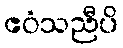
ဧဝံသညီပိ